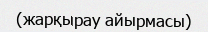
(жарқырау айырмасы)